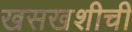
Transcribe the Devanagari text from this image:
खसखशीची